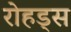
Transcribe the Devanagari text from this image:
रोहड्स